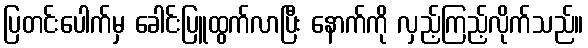
ပြတင်းပေါက်မှ ခေါင်းပြူထွက်လာပြီး နောက်ကို လှည့်ကြည့်လိုက်သည်။